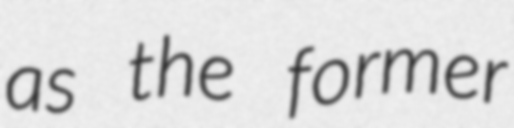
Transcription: as the former